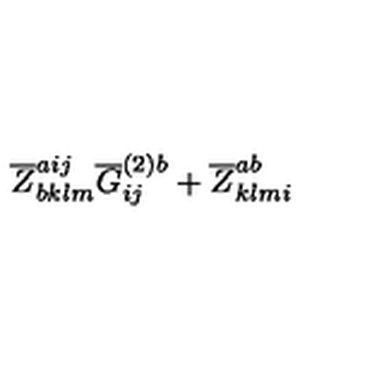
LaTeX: \overline { { Z } } _ { b k l m } ^ { a i j } \overline { { G } } _ { i j } ^ { ( 2 ) b } + \overline { { Z } } _ { k l m i } ^ { a b }